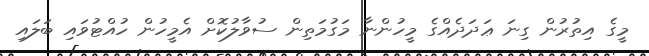
މީގެ އިތުރުން ގިނަ ޢަދަދެއްގެ މީހުންނާ މަގުމަތިން ސުވާލުކޮށް އެމީހުން ހުއްޓުވައި ބަލައި